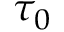
\tau _ { 0 }